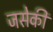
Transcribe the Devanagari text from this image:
जसेकी